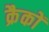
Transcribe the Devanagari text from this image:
क्रैकों